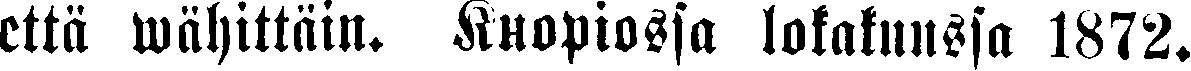
että wähittäin. Kuopiossa lokakuussa 1872.